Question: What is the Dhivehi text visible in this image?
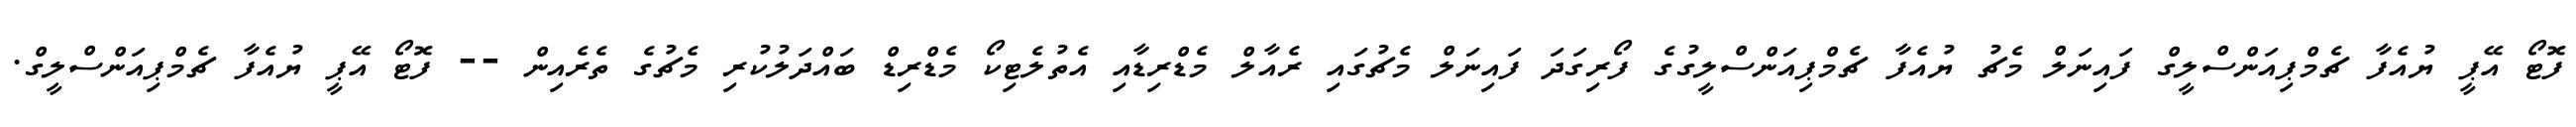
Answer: ފޮޓޯ އޭޕީ ޔުއެފާ ޗެމްޕިއަންސްލީގް ފައިނަލް މެޗު ޔުއެފާ ޗެމްޕިއަންސްލީގުގެ ފޯރިގަދަ ފައިނަލް މެޗުގައި ރެއާލް މެޑްރިޑާއި އެތުލެޓިކޯ މެޑްރިޑް ބައްދަލުކުރި މެޗުގެ ތެރެއިން -- ފޮޓޯ އޭޕީ ޔުއެފާ ޗެމްޕިއަންސްލީގް.